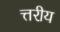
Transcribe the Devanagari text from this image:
त्तरीय